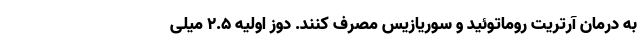
به درمان آرتریت روماتوئید و سوریازیس مصرف کنند. دوز اولیه 2.5 میلی